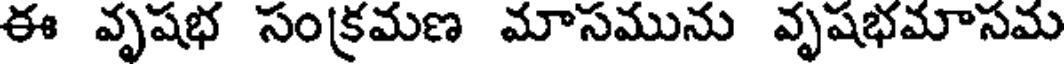
ఈ వృషభ సంక్రమణ మాసమును వృషభమాసమ